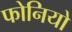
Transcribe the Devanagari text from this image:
फोनियो